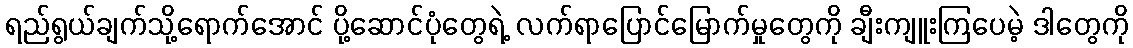
ရည်ရွယ်ချက်သို့ရောက်အောင် ပို့ဆောင်ပုံတွေရဲ့ လက်ရာပြောင်မြောက်မှုတွေကို ချီးကျူးကြပေမဲ့ ဒါတွေကို